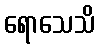
ရောသေသိ